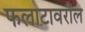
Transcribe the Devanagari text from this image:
फलाटावरील